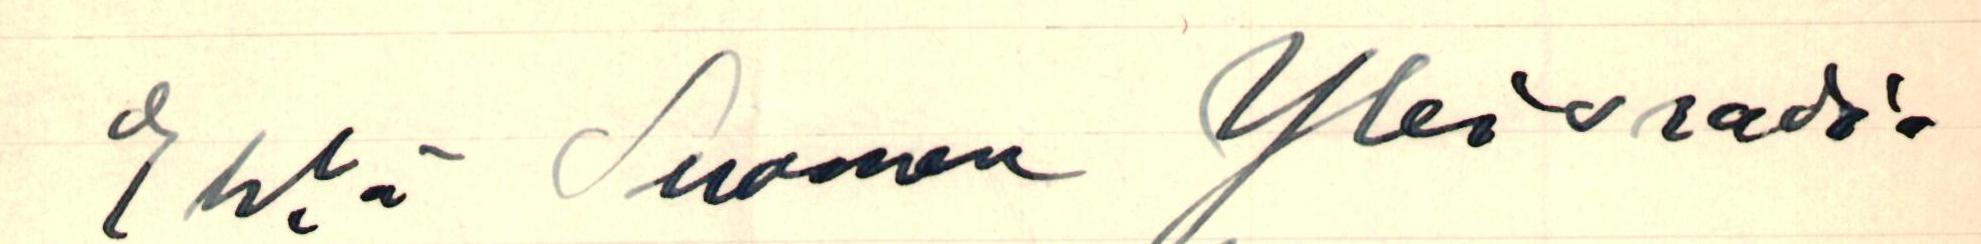
Ehkä Suomen Yleisradio